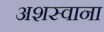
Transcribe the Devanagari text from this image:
अशस्वाना